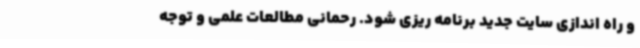
و راه اندازی سایت جدید برنامه ریزی شود. رحمانی مطالعات علمی و توجه